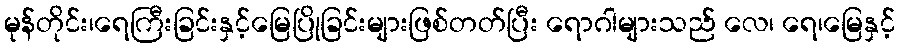
မုန်တိုင်း၊ရေကြီးခြင်းနှင့်မြေပြိုခြင်းများဖြစ်တတ်ပြီး ရောဂါများသည် လေ၊ ရေ၊မြေနှင့်